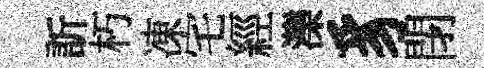
訢朽凍宅經濼豸閉